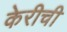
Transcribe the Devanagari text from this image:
केरीची